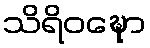
သိရိဝဍ္ဎော